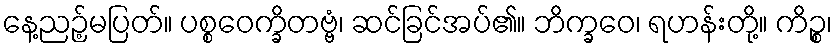
နေ့ညဉ့်မပြတ်။ ပစ္စဝေက္ခိတဗ္ဗံ၊ ဆင်ခြင်အပ်၏။ ဘိက္ခဝေ၊ ရဟန်းတို့။ ကိဉ္စ၊